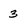
Character: 3